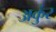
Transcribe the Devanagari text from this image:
अकुंर